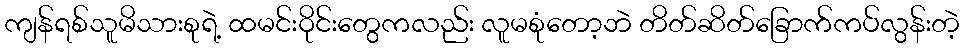
ကျန်ရစ်သူမိသားစုရဲ့ ထမင်းဝိုင်းတွေကလည်း လူမစုံတော့ဘဲ တိတ်ဆိတ်ခြောက်ကပ်လွန်းတဲ့